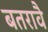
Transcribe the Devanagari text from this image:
बतरावै